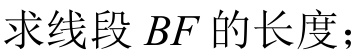
求线段 \(BF\) 的长度；